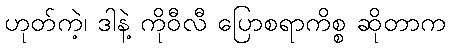
ဟုတ်ကဲ့၊ ဒါနဲ့ ကိုဝီလီ ပြောစရာကိစ္စ ဆိုတာက